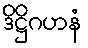
ဒိဋ္ဌိဂဟနံ